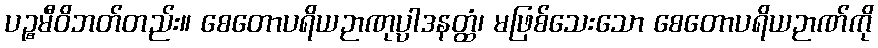
ပဉ္စမီဝိဘတ်တည်း။ စေတောပရိယဉာဏုပ္ပါဒနတ္ထံ၊ မဖြစ်သေးသော စေတောပရိယဉာဏ်ကို